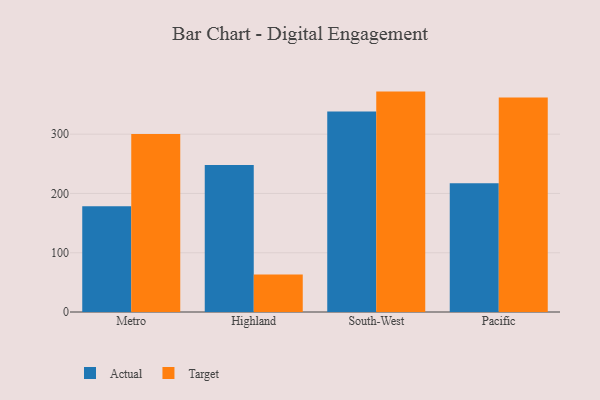
{"axis": {"x": "Region", "y": "Budget (USD K)"}, "legend": ["Actual", "Target"], "data": [{"x": "Metro", "y": 178.6, "type": "Actual"}, {"x": "Metro", "y": 300.2, "type": "Target"}, {"x": "Highland", "y": 248.1, "type": "Actual"}, {"x": "Highland", "y": 63.4, "type": "Target"}, {"x": "South-West", "y": 338.4, "type": "Actual"}, {"x": "South-West", "y": 371.9, "type": "Target"}, {"x": "Pacific", "y": 217.1, "type": "Actual"}, {"x": "Pacific", "y": 361.8, "type": "Target"}]}